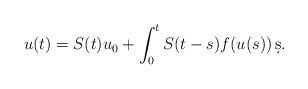
LaTeX: \begin{align*}u(t)=S(t)u_0+\int_0^t S(t-s)f(u(s))\,\d s.\end{align*}